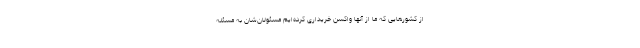
از کشورهایی که ما از آنها واکسن خریداری کرده‌ایم مسئولان‌شان به مسئله